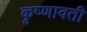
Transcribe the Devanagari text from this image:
कृष्णावती